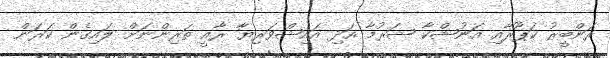
ރަންބީރު ކަޕޫރާއި އަނުޝްކާ ޝަރުމާ އަދި އައިޝްވަރިޔާ ރާއީ ތަރިންނަށް ލައިގެން ކަރަން